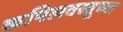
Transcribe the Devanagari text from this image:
कपिलवस्तूच्या